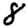
Digit: 8